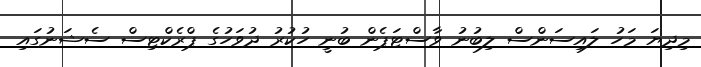
މިދިޔަ މަހު ލައިސަންސް ލިބުނު ވާސްޓަޕެން ބުނީ ހުކުރު ދުވަހުގެ ޕްރެކްޓިސް ސެޝަނުގައި